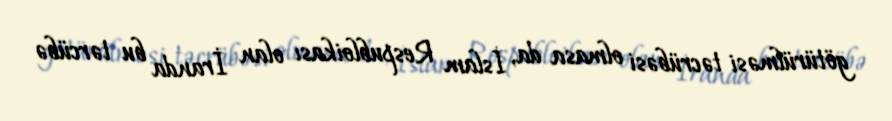
götürülməsi təcrübəsi olmasa da, İslam Respubloikası olan İranda bu tərcübə